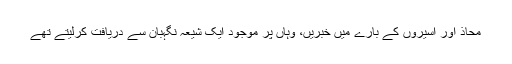
محاذ اور اسیروں کے بارے میں خبریں، وہاں پر موجود ایک شیعہ نگہبان سے دریافت کرلیتے تھے